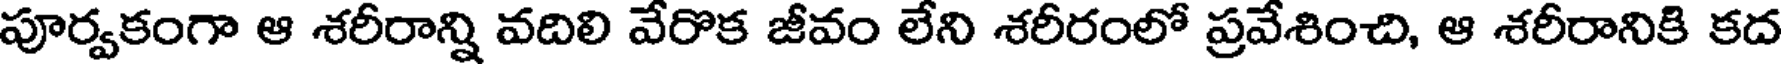
పూర్వకంగా ఆ శరీరాన్ని వదిలి వేరొక జీవం లేని శరీరంలో ప్రవేశించి, ఆ శరీరానికి కద